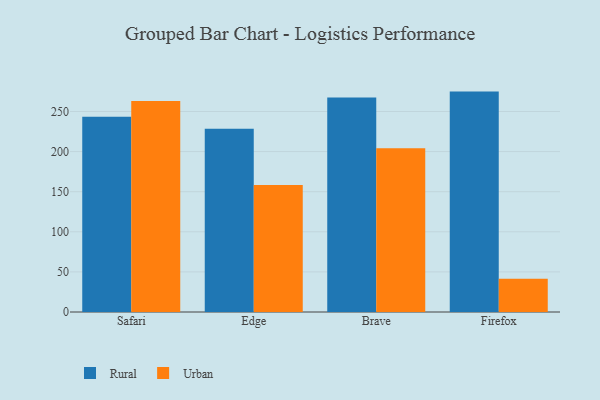
{"axis": {"x": "Browser", "y": "Customer Acquisition Cost (USD)"}, "legend": ["Rural", "Urban"], "data": [{"x": "Safari", "y": 243.5, "type": "Rural"}, {"x": "Safari", "y": 263.1, "type": "Urban"}, {"x": "Edge", "y": 228.6, "type": "Rural"}, {"x": "Edge", "y": 158.4, "type": "Urban"}, {"x": "Brave", "y": 267.4, "type": "Rural"}, {"x": "Brave", "y": 204.3, "type": "Urban"}, {"x": "Firefox", "y": 274.8, "type": "Rural"}, {"x": "Firefox", "y": 41.4, "type": "Urban"}]}